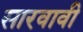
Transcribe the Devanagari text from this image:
सारवावी